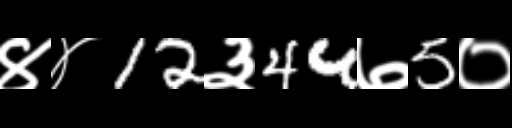
Text: ४४12३44७5०